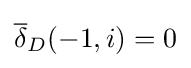
{\overline {\delta }}_{D}(-1,i)=0\,\!